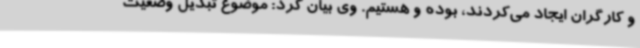
و کارگران ایجاد می‌کردند، بوده و هستیم. وی بیان کرد: موضوع تبدیل وضعیت